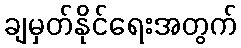
ချမှတ်နိုင်ရေးအတွက်